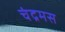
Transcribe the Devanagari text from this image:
चंद्रमस